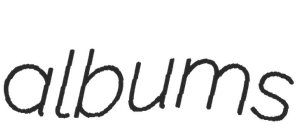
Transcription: albums